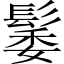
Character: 䰀